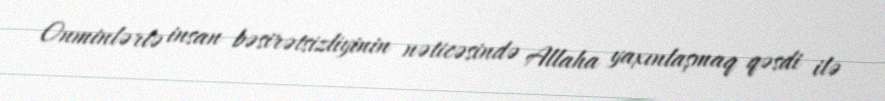
Onminlərlə insan bəsirətsizliyinin nəticəsində Allaha yaxınlaşmaq qəsdi ilə